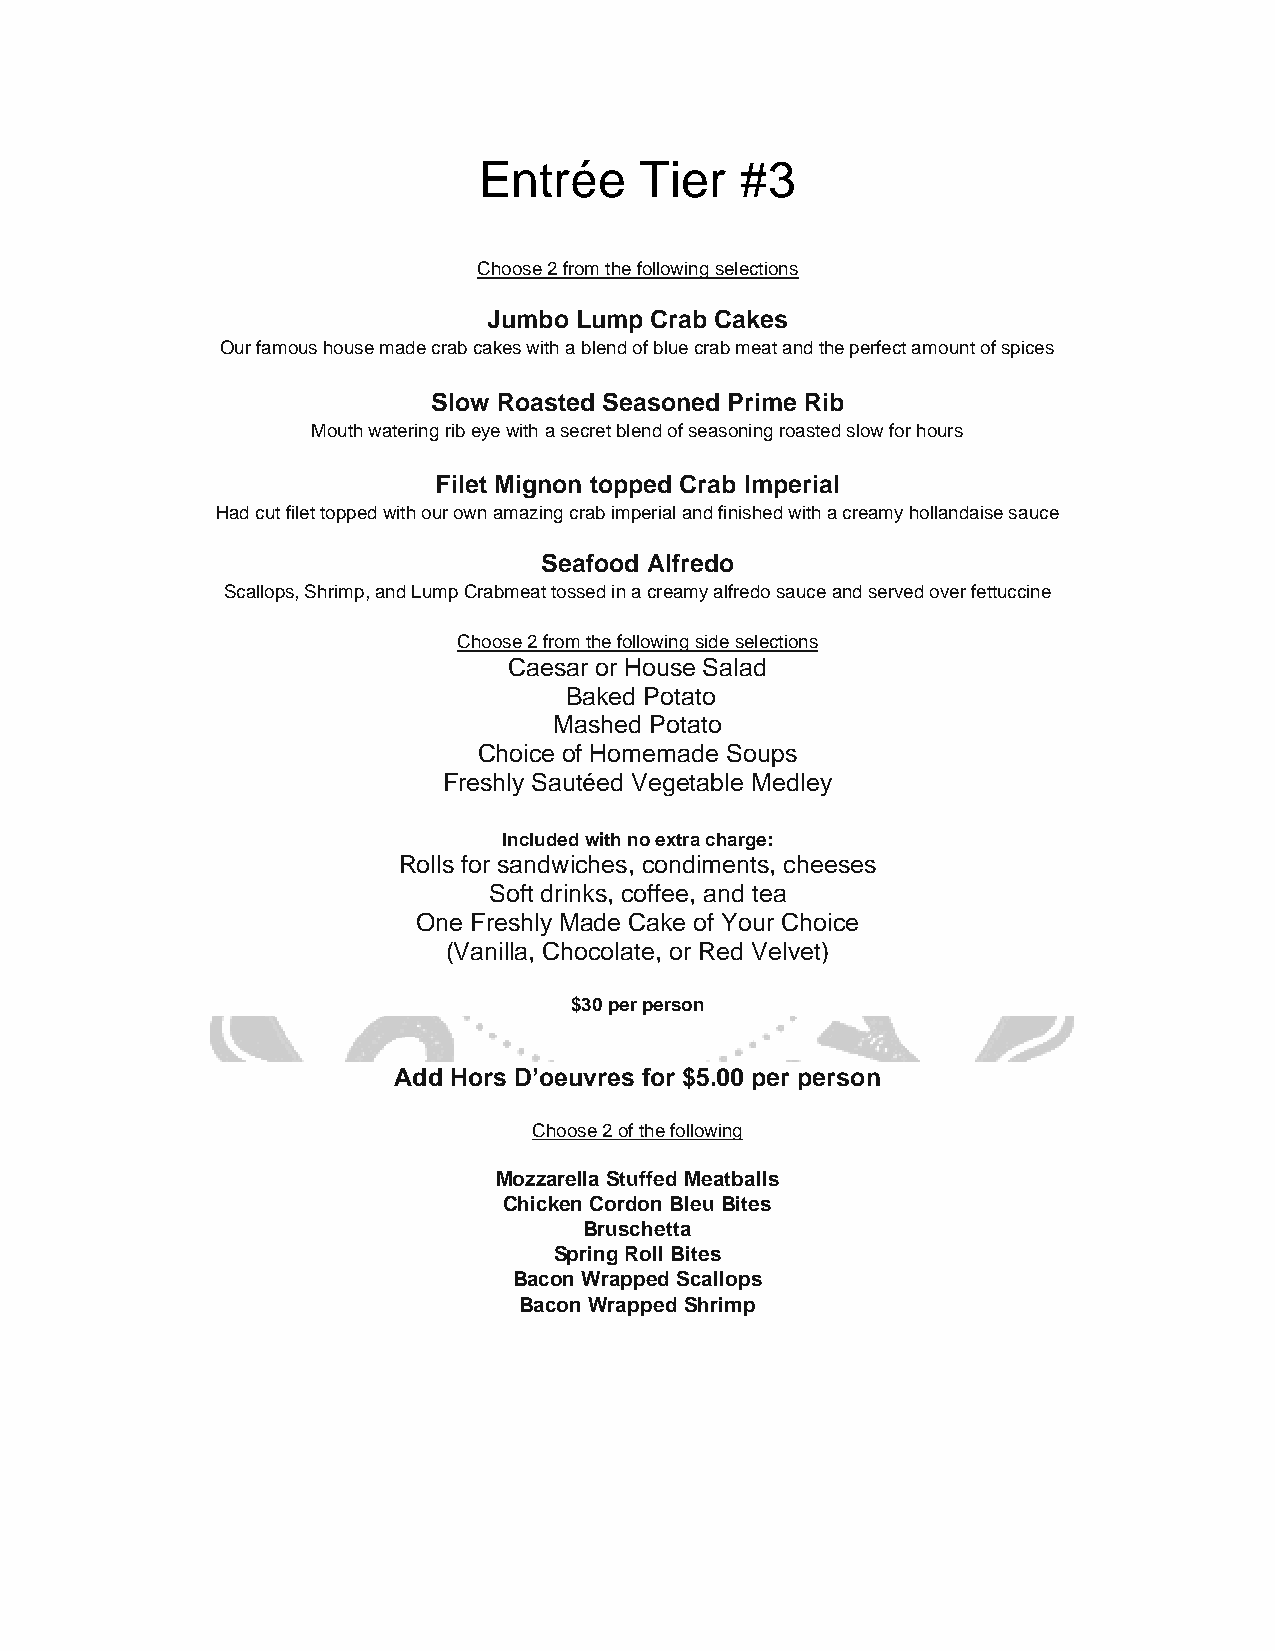
Entrée    Tier   #3
 Choose 2 from the following selections
 Jumbo Lump Crab Cakes
 Our famous house made crab cakes with a blend of blue crab meat and the perfect amount of spices
 Slow Roasted Seasoned Prime Rib
 Mouth watering rib eye with a secret blend of seasoning roasted slow for hours
 Filet Mignon topped Crab Imperial
 Had cut filet topped with our own amazing crab imperial and finished with a creamy hollandaise sauce
 Seafood Alfredo
 Scallops, Shrimp, and Lump Crabmeat tossed in a creamy alfredo sauce and served over fettuccine
 Choose 2 from the following side selections
 Caesar or House Salad
 Baked Potato
 Mashed Potato
 Choice of Homemade Soups
 Freshly Sautéed Vegetable Medley
 Included with no extra charge:
 Rolls for sandwiches, condiments, cheeses
 Soft drinks, coffee, and tea
 One Freshly Made Cake of Your Choice
 (Vanilla, Chocolate, or Red Velvet)
 $30 per person
 Add Hors D’oeuvres for $5.00 per person
 Choose 2 of the following
 Mozzarella Stuffed Meatballs
 Chicken Cordon Bleu Bites
 Bruschetta
 Spring Roll Bites
 Bacon Wrapped Scallops
 Bacon Wrapped Shrimp